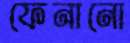
ফেনানো